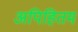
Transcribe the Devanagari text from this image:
अपिहितम